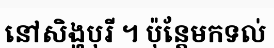
នៅសិង្ហបុរី ។ ប៉ុន្តែមកទល់